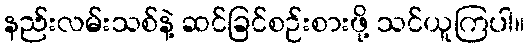
နည်းလမ်းသစ်နဲ့ ဆင်ခြင်စဉ်းစားဖို့ သင်ယူကြပါ။